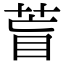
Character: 𦱋